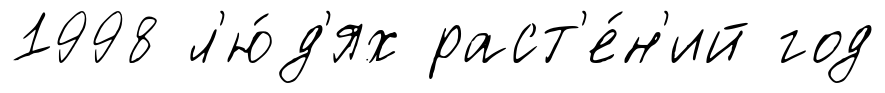
1998 л'ю́д'ях раст'е́н'ий год